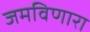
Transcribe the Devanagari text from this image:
जमविणारा